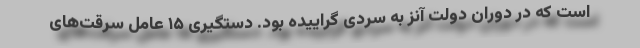
است که در دوران دولت آنز به سردی گراییده بود. دستگیری ۱۵ عامل سرقت‌های